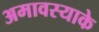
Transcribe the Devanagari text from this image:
अमावस्याके